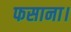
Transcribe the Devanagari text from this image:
फसाना।